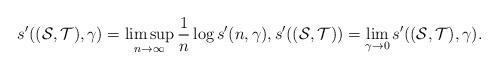
LaTeX: \begin{align*}s'((\mathcal{S},\mathcal{T}),\gamma)=\limsup_{n\rightarrow\infty}\frac{1}{n}\log s'(n,\gamma),s'((\mathcal{S},\mathcal{T}))=\lim_{\gamma\rightarrow 0}s'((\mathcal{S},\mathcal{T}),\gamma).\end{align*}